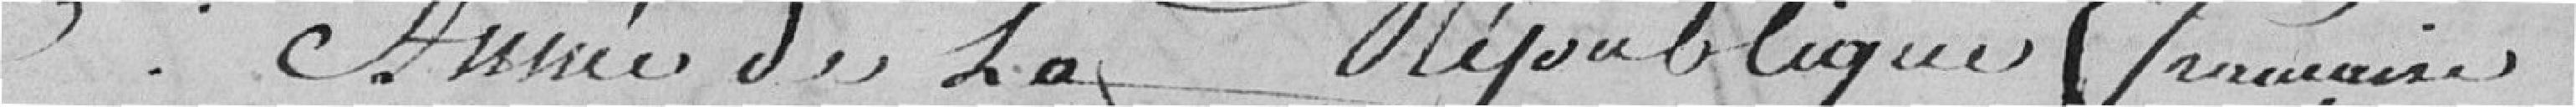
3ème année de la République Française